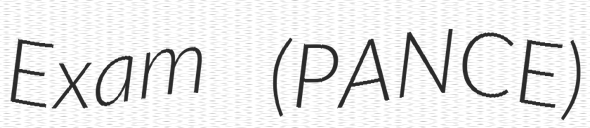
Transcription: Exam (PANCE)